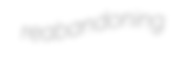
reabandoning